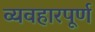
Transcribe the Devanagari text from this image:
व्यवहारपूर्ण